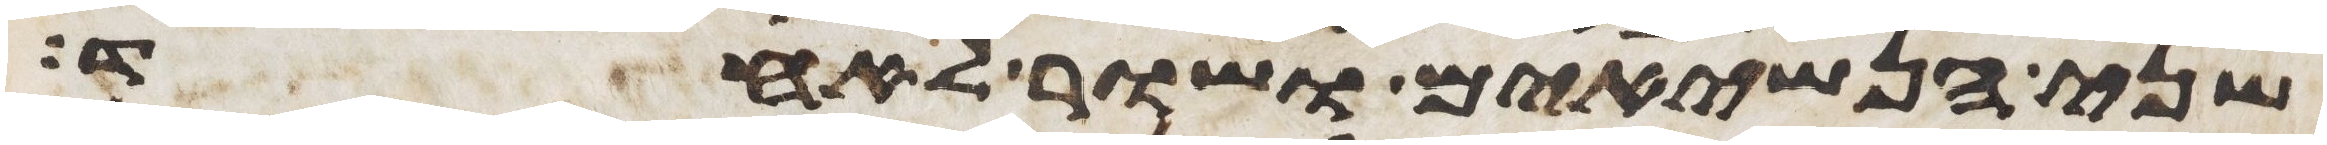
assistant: שני הנשיאים ושור לאחד